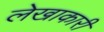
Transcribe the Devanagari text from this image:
लेखाकारी